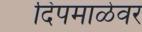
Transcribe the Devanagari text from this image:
दिपमाळेवर